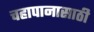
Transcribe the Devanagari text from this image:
चहापानासाठी